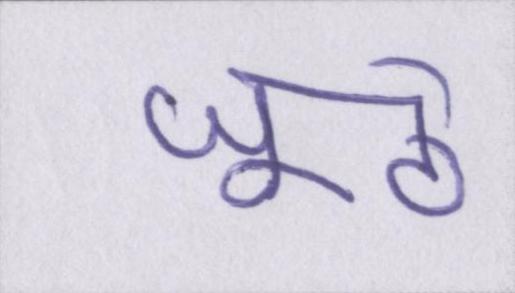
जूठे